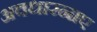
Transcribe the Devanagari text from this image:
अवधारनाए